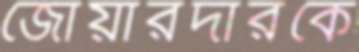
জোয়ারদারকে